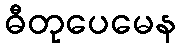
ဓီတုပေမေန